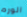
الورم